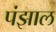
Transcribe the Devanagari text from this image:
पंझाल